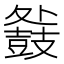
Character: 𮮧